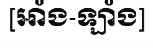
[អាំង-ឡាំង]